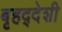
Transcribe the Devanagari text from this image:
बृहद्‌देशी